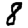
Digit: 8